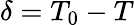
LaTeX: \delta=T_{0}-T